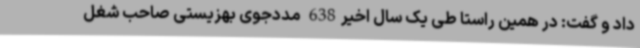
داد و گفت: در همین راستا طی یک سال اخیر638 مددجوی بهزیستی صاحب شغل